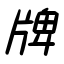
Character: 牌